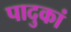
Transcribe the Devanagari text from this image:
पादुकां